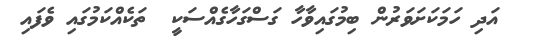
އަދި ހަމަކަށަވަރުން ބިމުގައިވާހާ ގަސްގަހާގެއްސަކީ  ތަކެއްކަމުގައި ވެފައި